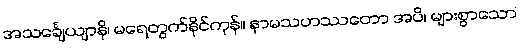
အသင်္ချေယျာနိ၊ မရေတွက်နိုင်ကုန်။ နာမသဟဿတော အပိ၊ များစွာသော